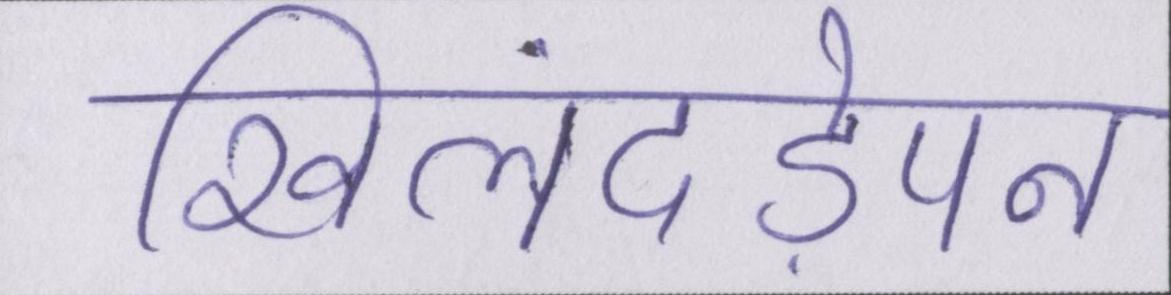
खिलंदड़ेपन